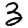
Digit: 3